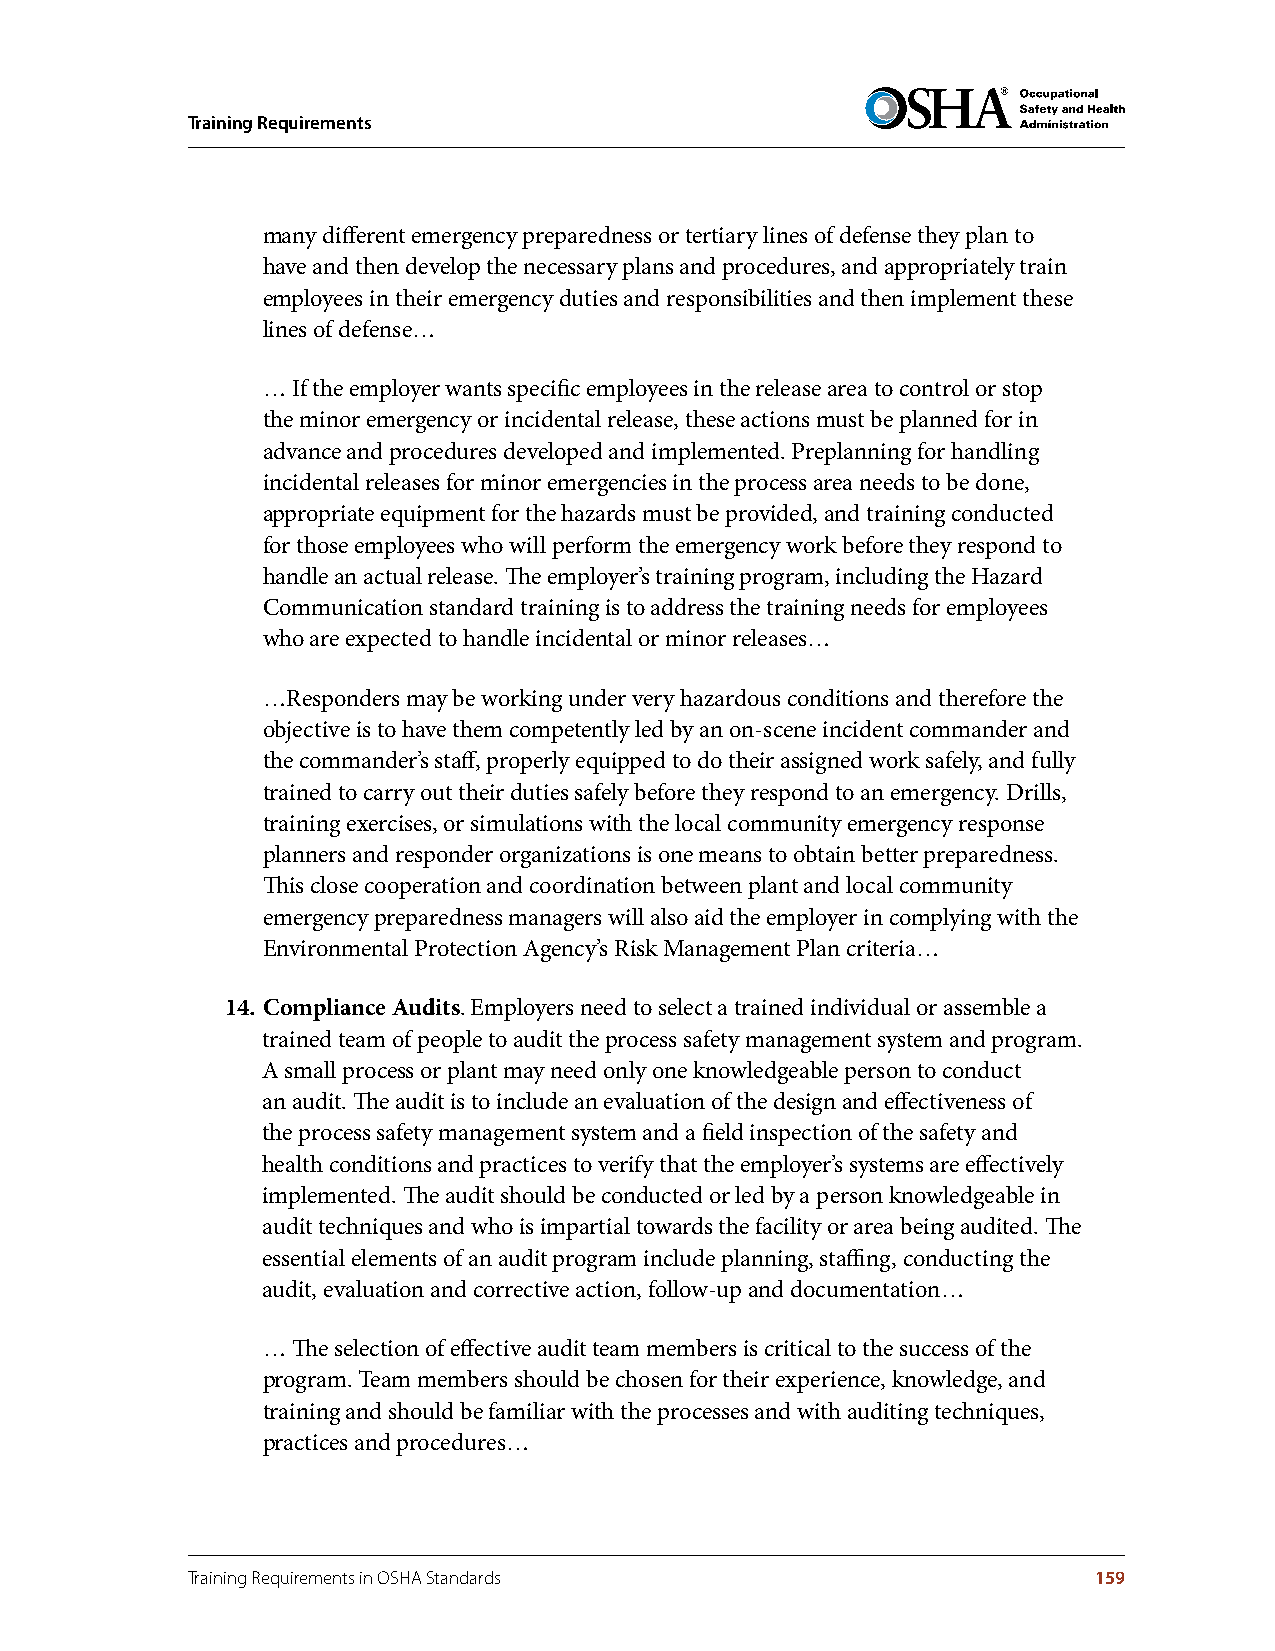
Training Requirements
 many different emergency preparedness or tertiary lines of defense they plan to
 have and then develop the necessary plans and procedures, and appropriately train
 employees in their emergency duties and responsibilities and then implement these
 lines of defense…
 … If the employer wants specific employees in the release area to control or stop
 the minor emergency or incidental release, these actions must be planned for in
 advance and procedures developed and implemented. Preplanning for handling
 incidental releases for minor emergencies in the process area needs to be done,
 appropriate equipment for the hazards must be provided, and training conducted
 for those employees who will perform the emergency work before they respond to
 handle an actual release. The employer’s training program, including the Hazard
 Communication standard training is to address the training needs for employees
 who are expected to handle incidental or minor releases…
 …Responders may be working under very hazardous conditions and therefore the
 objective is to have them competently led by an on-scene incident commander and
 the commander’s staff, properly equipped to do their assigned work safely, and fully
 trained to carry out their duties safely before they respond to an emergency. Drills,
 training exercises, or simulations with the local community emergency response
 planners and responder organizations is one means to obtain better preparedness.
 This close cooperation and coordination between plant and local community
 emergency preparedness managers will also aid the employer in complying with the
 Environmental Protection Agency’s Risk Management Plan criteria…
 14 . Compliance Audits. Employers need to select a trained individual or assemble a
 trained team of people to audit the process safety management system and program.
 A small process or plant may need only one knowledgeable person to conduct
 an audit. The audit is to include an evaluation of the design and effectiveness of
 the process safety management system and a field inspection of the safety and
 health conditions and practices to verify that the employer’s systems are effectively
 implemented. The audit should be conducted or led by a person knowledgeable in
 audit techniques and who is impartial towards the facility or area being audited. The
 essential elements of an audit program include planning, staffing, conducting the
 audit, evaluation and corrective action, follow-up and documentation…
 … The selection of effective audit team members is critical to the success of the
 program. Team members should be chosen for their experience, knowledge, and
 training and should be familiar with the processes and with auditing techniques,
 practices and procedures…
 Training Requirements in OSHA Standards                     159